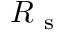
R _ { \mathrm { ~ s ~ } }